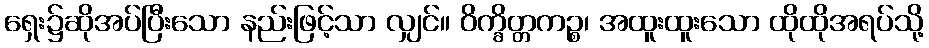
ရှေး၌ဆိုအပ်ပြီးသော နည်းဖြင့်သာ လျှင်။ ဝိက္ခိတ္တကဉ္စ၊ အထူးထူးသော ထိုထိုအရပ်သို့